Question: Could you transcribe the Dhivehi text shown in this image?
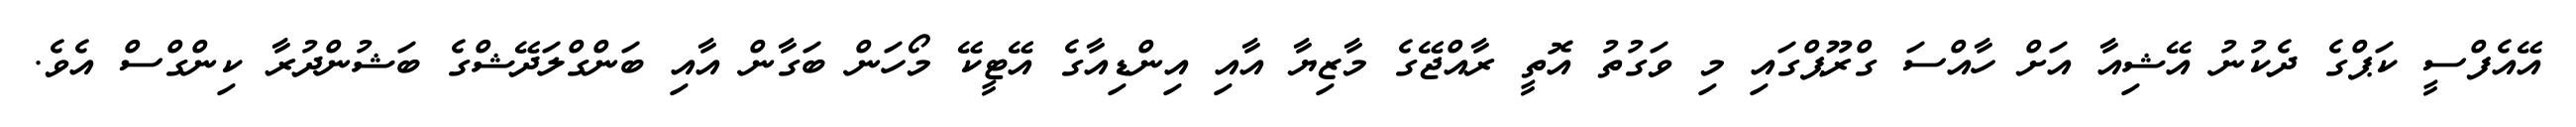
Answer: އޭއެފްސީ ކަޕްގެ ދެކުނު އޭޝިއާ އަށް ހާއްސަ ގްރޫޕްގައި މި ވަގުތު އޮތީ ރާއްޖޭގެ މާޒިޔާ އާއި އިންޑިއާގެ އޭޓީކޭ މޯހަން ބަގާން އާއި ބަންގްލަދޭޝްގެ ބަޝުންދުރާ ކިންގްސް އެވެ.